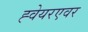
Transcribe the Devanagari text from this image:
ह्वेयरएवर